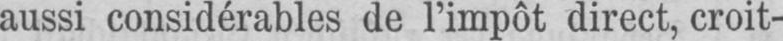
aussi considérables de l’impôt direct, croit-